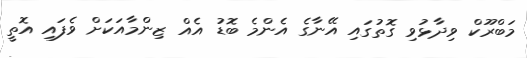
މަބްރޫކް ވިދާޅުވި ގޮތުގައި އޭނާގެ އެންމެ ބޮޑު އެއް ޒިންމާއަކަށް ވެފައި އޮތީ